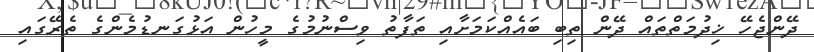
ދޭންޖެހޭ ޚިދުމަތްތައް ދޭން ތިބި ބައެއްކަމަށާއި ތަފާތު ވިސްނުމުގެ މީހުން އަޅުގަނޑުމެންގެ ތެރޭގައި